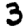
Digit: 3